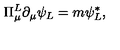
\Pi _ { \mu } ^ { L } \partial _ { \mu } \psi _ { L } = m \psi _ { L } ^ { * } ,